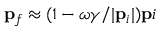
{ \bf p } _ { f } \approx ( 1 - \omega { \gamma } / | { \bf p } _ { i } | ) { \bf p } i